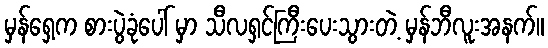
မှန်ရှေ့က စားပွဲခုံပေါ် မှာ သီလရှင်ကြီးပေးသွားတဲ့ မှန်ဘီလူးအနက်။